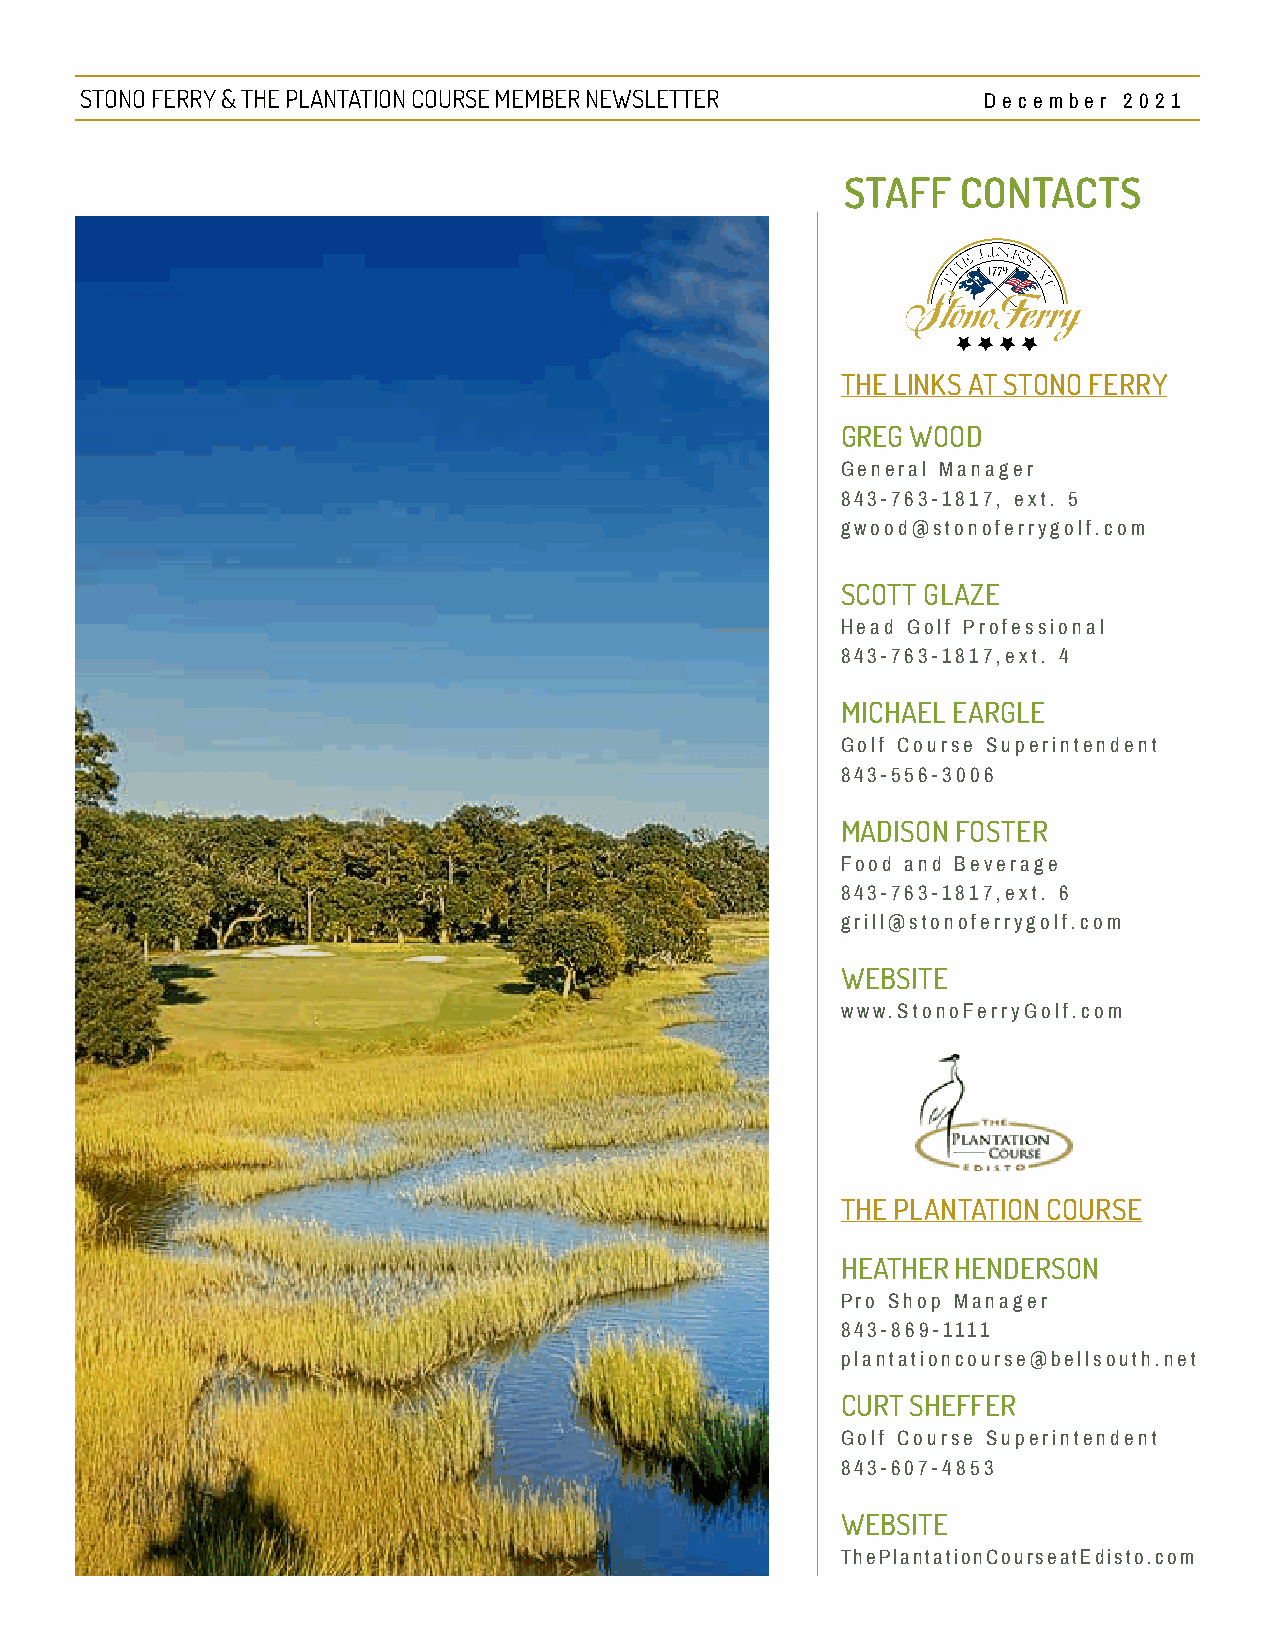
STONO FERRY & THE PLANTATION COURSE MEMBER NEWSLETTER       Decembe r 20 21
 STAFF   CONTACTS
 THE LINKS AT STONO FERRY
 GREG WOOD
 General Manager
 843-763-1817, ext. 5
 gwood@stonoferrygolf.com
 SCOTT GLAZE
 Head Golf Professional
 843-763-1817,ext. 4
 MICHAEL EARGLE
 Golf Course Superintendent
 843-556-3006
 MADISON FOSTER
 Food and Beverage
 843-763-1817,ext. 6
 grill@stonoferrygolf.com
 WEBSITE
 www.StonoFerryGolf.com
 THE PLANTATION COURSE
 HEATHER HENDERSON
 Pro Shop Manager
 843-869-1111
 plantationcourse@bellsouth.net
 CURT SHEFFER
 Golf Course Superintendent
 843-607-4853
 WEBSITE
 ThePlantationCourseatEdisto.com